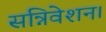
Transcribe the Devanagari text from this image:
सन्निवेशन।